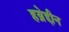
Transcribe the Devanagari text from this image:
हय्रेद्दीन